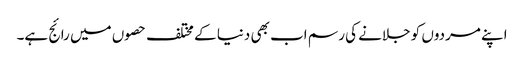
اپنے مردوں کو جلانے کی رسم اب بھی دنیا کے مختلف حصوں میں رائج ہے۔